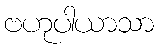
ဗဟုပါယာသာ